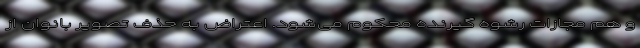
و هم مجازات رشوه گیرنده محکوم می‌شود. اعتراض به حذف تصویر بانوان از